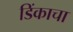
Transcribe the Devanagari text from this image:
डिंकाचा